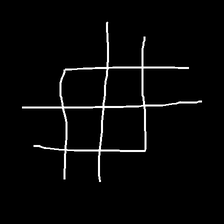
Glyph: crystal